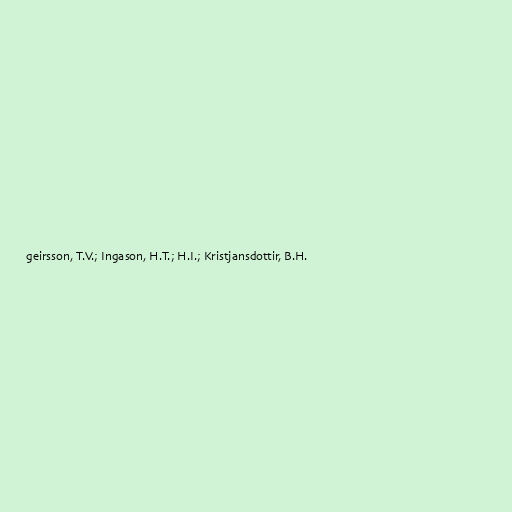
geirsson, T.V.; Ingason, H.T.; H.I.; Kristjansdottir, B.H.